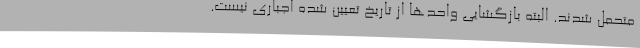
متحمل شدند. البته بازگشایی واحدها از تاریخ تعیین شده اجباری نیست.